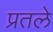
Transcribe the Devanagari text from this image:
प्रतले